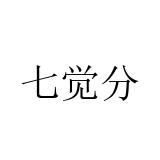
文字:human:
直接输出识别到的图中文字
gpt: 七觉分